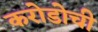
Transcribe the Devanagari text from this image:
करोडोची